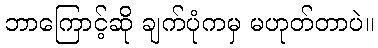
ဘာကြောင့်ဆို ချက်ပုံကမှ မဟုတ်တာပဲ။